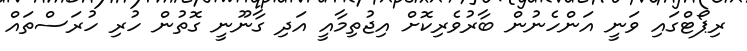
ރިޕޯޓްގައި ވަނީ އަންހެނުން ބާރުވެރިކޮށް އިޖުތިމާއީ އަދި ގާނޫނީ ގޮތުން ހުރި ހުރަސްތައް